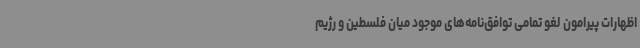
اظهارات پیرامون لغو تمامی توافق‌نامه‌های موجود میان فلسطین و رژیم